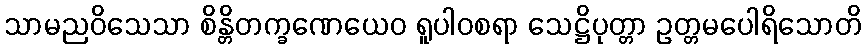
သာမညဝိသေသာ စိန္တိတက္ခဏေယေဝ ရူပါဝစရာ သေဋ္ဌိပုတ္တာ ဥတ္တမပေါရိသောတိ